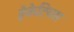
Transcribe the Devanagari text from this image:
हेकेटियस